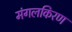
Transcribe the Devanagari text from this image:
मंगलकिरण